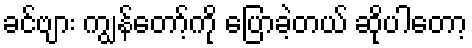
ခင်ဗျား ကျွန်တော့်ကို ပြောခဲ့တယ် ဆိုပါတော့